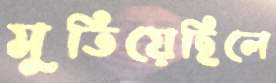
মুতিয়েছিলে